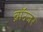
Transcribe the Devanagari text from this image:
ब्रॉउजर